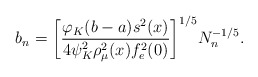
\begin{align*} b_n = \biggl[ \frac{ \varphi_K (b-a) s^2(x) } { 4 \psi_K^2\rho^2_\mu(x) f_e^2 (0)}\biggr]^{1/5} N^{-1/5}_n.\end{align*}